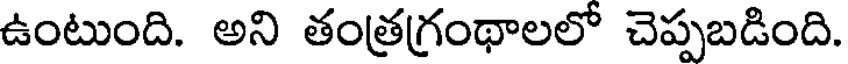
ఉంటుంది. అని తంత్రగ్రంథాలలో చెప్పబడింది.